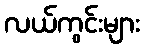
လယ်ကွင်းများ